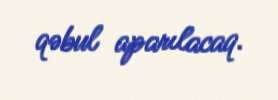
qəbul aparılacaq.